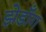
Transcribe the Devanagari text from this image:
झेडाँग